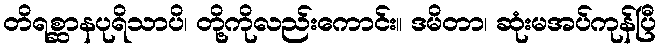
တိရစ္ဆာနပုရိသာပိ၊ တို့ကိုလည်းကောင်း။ ဒမိတာ၊ ဆုံးမအပ်ကုန်ပြီ